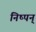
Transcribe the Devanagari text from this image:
निष्पन्